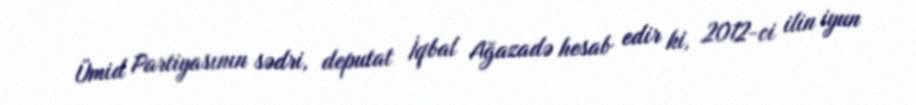
Ümid Partiyasının sədri, deputat İqbal Ağazadə hesab edir ki, 2012-ci ilin iyun